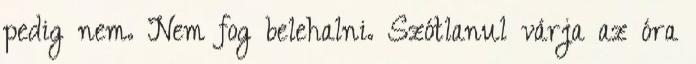
pedig nem. Nem fog belehalni. Szótlanul várja az óra